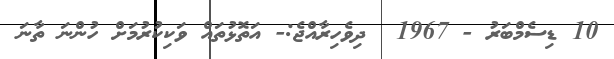
10 ޑިސެމްބަރު - 1967  ދިވެހިރާއްޖެ:- އަތޮޅުތައް ވަކިކުރުމަށް ހުންނަ ތާނަ